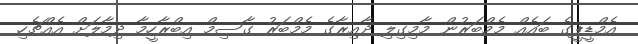
އެމްޑީޕީގެ ބައެއް މެމްބަރުން މާމިގިލި ދާއިރާގެ މެމްބަރު ގާސިމް އިބްރާހީމާ ދިމާލަށް އެއްޗެހި